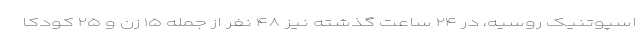
اسپوتنیک روسیه، در ۲۴ ساعت گذشته نیز ۴۸ نفر از جمله ۱۵ زن و ۲۵ کودکا